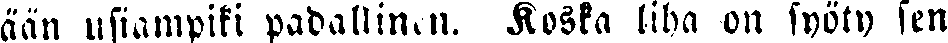
ään usiampiki padallinen. Koska liha on syöty sen